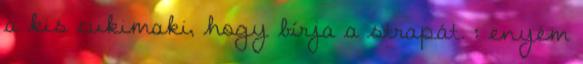
a kis cukimaki, hogy bírja a strapát. : enyém